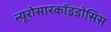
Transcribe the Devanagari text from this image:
न्यूरोसारकॉइडोसिस